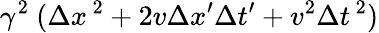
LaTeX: \gamma^{2}\ (\Delta x^{\, 2}+2v\Delta x^{\prime}\Delta t^{\prime}+v^{2}\Delta t^{\, 2})